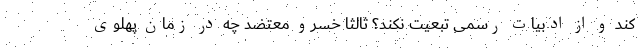
کند و از ادبیات رسمی تبعیت نکند‌؟ ثالثا خسرو معتضد چه در زمان پهلوی